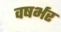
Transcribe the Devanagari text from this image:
वषर्भर